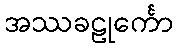
အဿခဠုင်္ကော